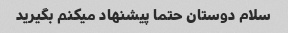
سلام دوستان حتما پیشنهاد میکنم بگیرید